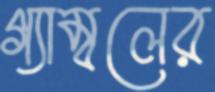
গ্যাম্বলের